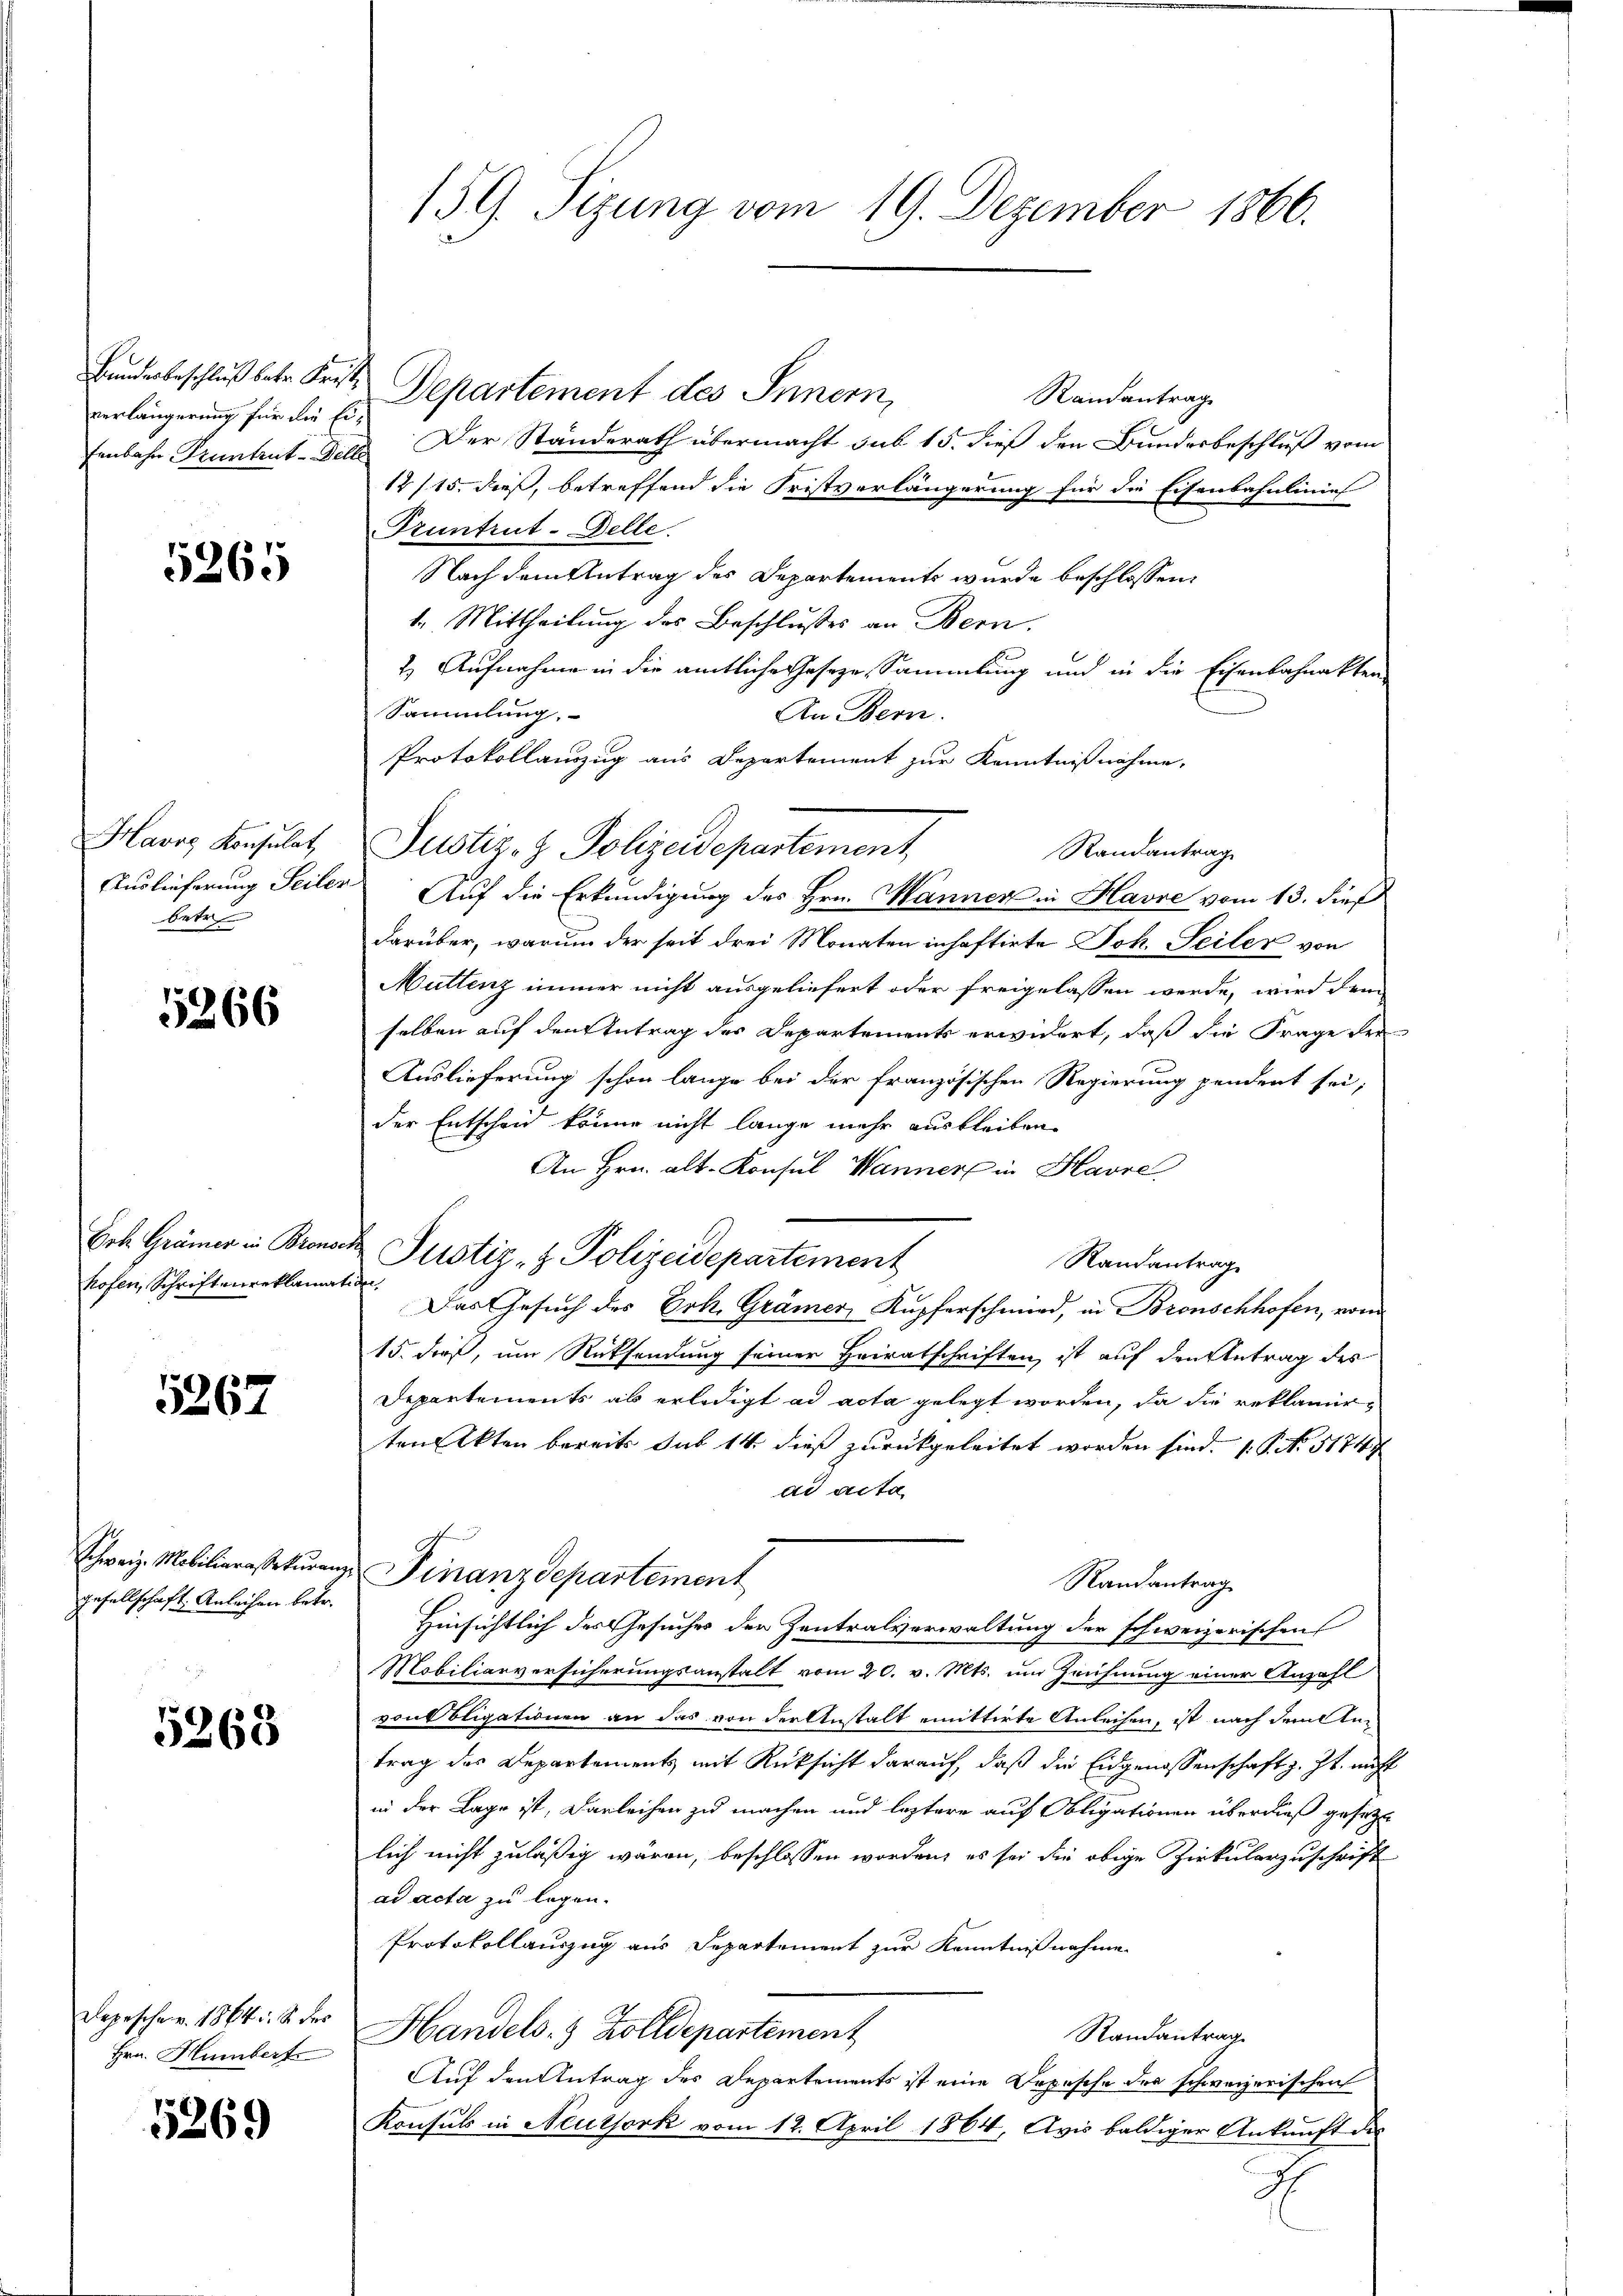
verlängerung für die Eifenbahn Pruntrut-Delle

5265

Havre Konsulat,
betr

5266

hofen, Schriftereklami

5267

gesellschaft Anleihen betr.

5368

Depeschen. 1864. 8. des
Hrn. Humbert

5269

Bundesbeschluß betr. Frist. Departement des Innern,
Randantrag
Der Standerath übermacht sub 15. dieß den Bundesbeschluß vom
12/15. dieß, betreffend die Fristverlängerung für die Eisenbahnlinie
Fruntrut-Delle.
Nach dem Antrag des Departements wurde beschlossen:
1. Mittheilung des Beschlusses an Bern.
2.) Aufnahme in die amtliche Geseze Sammlung und in die Eisenbahnakten
Sammlung.
An Bern.
Protokollauszug aus Departement zur Kenntnißnahme,
Justiz- & Polizeidepartement,
Randantrag
Auslieferung Seiler Auf die Erkundigung des Hrn. Manner in Havre vom 13. dieß
darüber, warum der seit drei Monaten inhaftirte Joh. Seiler von
Muttenz immer nicht ausgeliefert oder freigelassen werde, wird dem
selben auf den Antrag des Departements erwidert, daß die Frage der
Auslieferung schon lange bei der französischen Regierung pendent sei;
der Entscheid könne nicht lange mehr ausbleiben.
An Hrn. Alt-Konsul Wanner in Havre
Boh. Grämer in Brensch Justiz- & Polizeidepartement
Randantrag
te. Das Gesuch des Erk. Grämer, Kupferschmird, in Bronschhofen, vom
15. dieß, um Rücksendung seiner Heiratschriften, ist auf den Antrag des
Departements ab erledigt ad acta gelegt worden, da die reklamirten Akten bereits sub 14 dieß zurückgeleitet worden sind. P. Nr. 5174
ad acta
Schweiz. Mobiliarassekuranz Finanzdepartement
Randantrag
Hinsichtlich des Gesuches der Zentralverwaltung der schweizerischen
Mobiliarversicherungsanstalt vom 20. v. Mts. um Zeichnung einer Anzahl
von Oligationen an das von der Anstalt emittirte Anleihen, ist nach denkten
trag des Departements mit Rücksicht darauf, daß die Eidgenossenschaft z. Zt. nicht
in der Lage ist, Darleihen zu machen und leztere auf Obligationen überdieß gesetzt
lich nicht zuläßig wären, beschlossen worden, es sei die obige Zirkularzuschrift
ad acta zu legen.
Protokollauszug aus Departement zur Kenntnißnahme
Handels- & Zolldepartement
Randantrag
Auf den Antrag des Departements ist eine Depesche der schweizerischen
Konsuls in Neuthork vom 12. April 1864, Avis baldiger Ankunft des
dh.

159. Sizung vom 19. Dezember 1860.